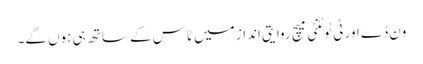
ون ڈے اور ٹی ٹوئنٹی میچ روایتی انداز میں ٹاس کے ساتھ ہی ہوں گے۔